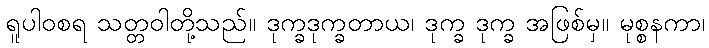
ရူပါဝစရ သတ္တဝါတို့သည်။ ဒုက္ခဒုက္ခတာယ၊ ဒုက္ခ ဒုက္ခ အဖြစ်မှ။ မုစ္စနကာ၊